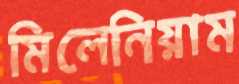
মিলেনিয়াম